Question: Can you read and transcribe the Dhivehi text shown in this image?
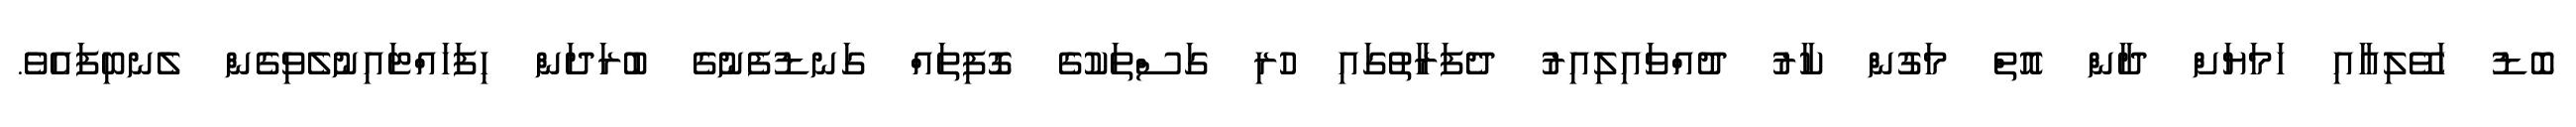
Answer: ބޮޑު ހަވޭލިއާއި ހަމަޔަށް ދާން އޮތް މަގުން ކާރު ދުއްވައިލިއިރު ދެފަރާތުގައި ހުރި ގަސްތަކުގެ ގޮފިތައް ގަނޑުފެނުގެ ބުރަދަން ހިފަހައްޓައިނުލެވިގެން ލެނބިފައެވެ.